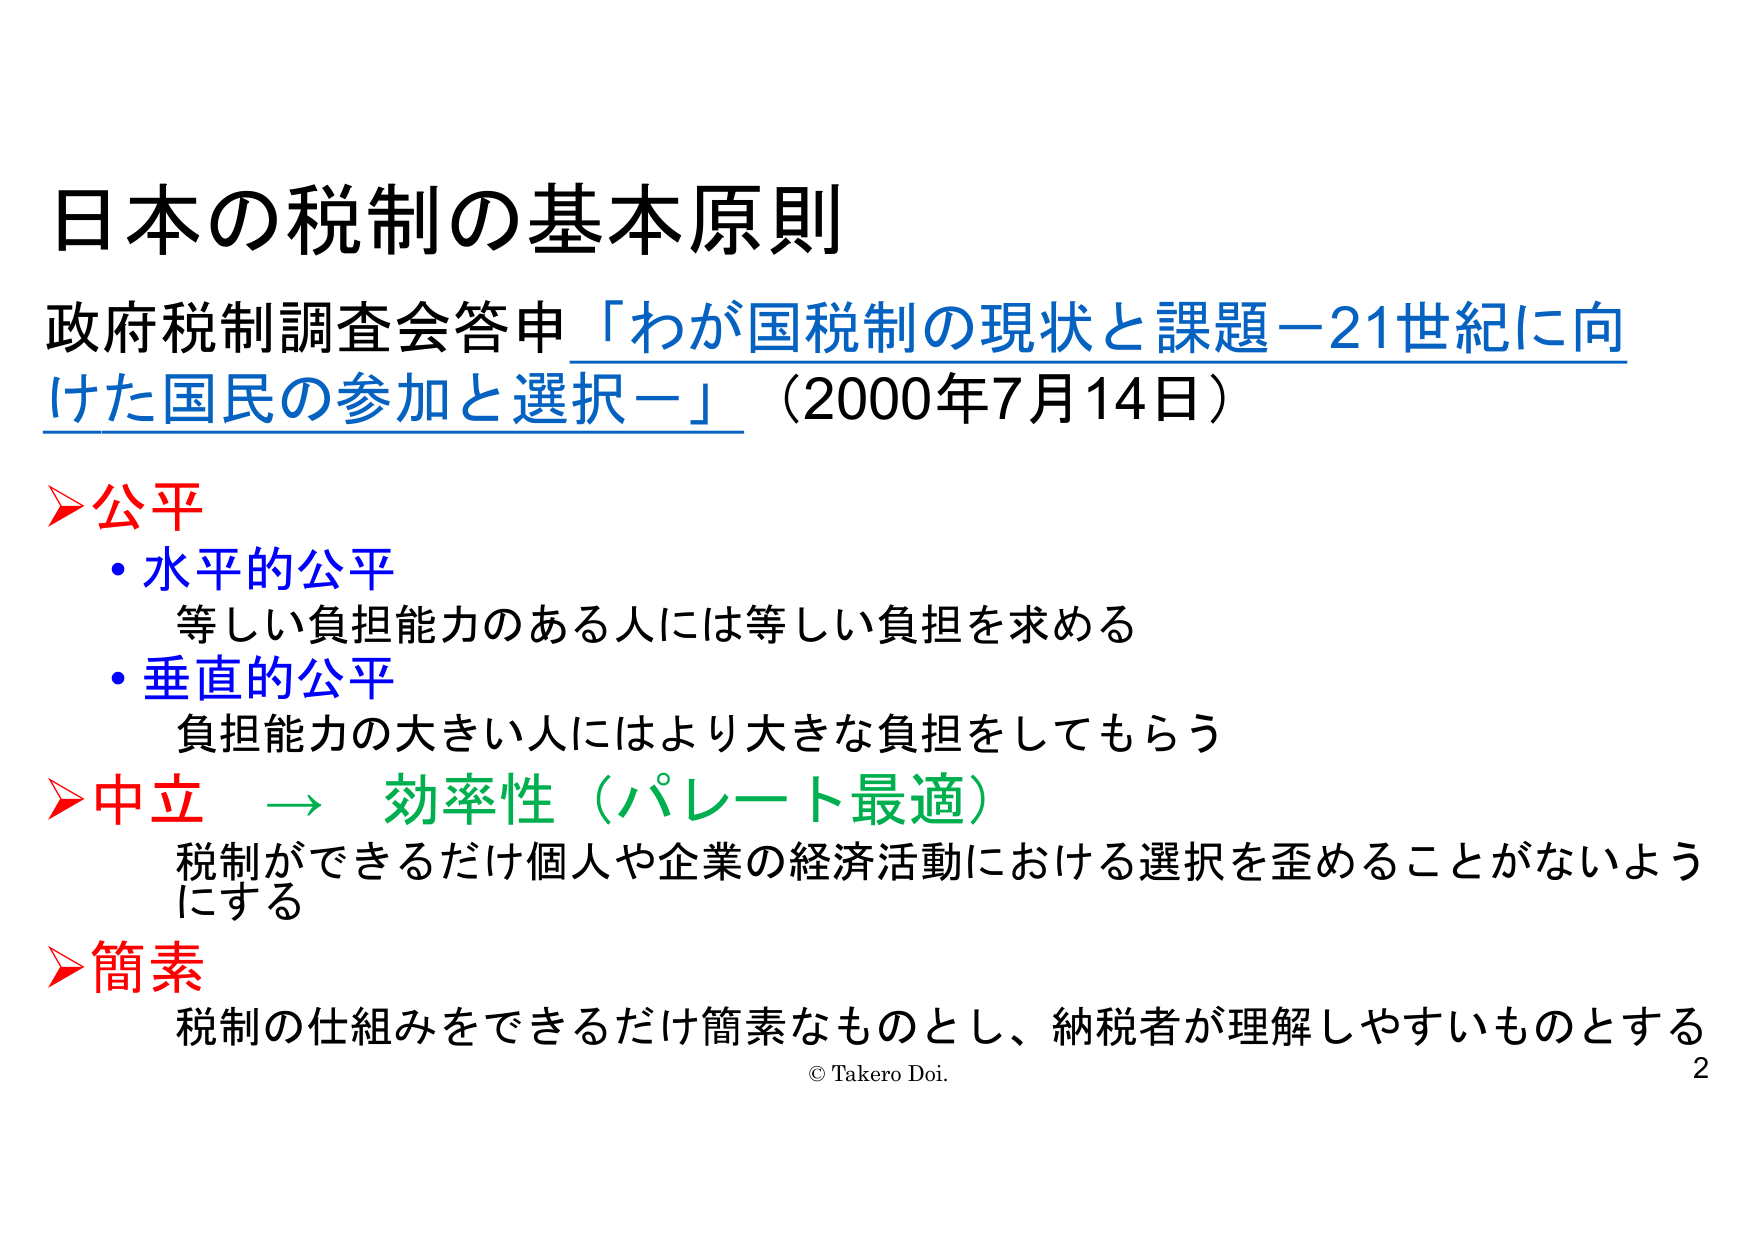
日本の税制の基本原則
政府税制調査会答申「わが国税制の現状と課題－21世紀に向けた国民の参加と選択－」（2000年7月14日）

▶公平
・水平的公平
　等しい負担能力のある人には等しい負担を求める
・垂直的公平
　負担能力の大きい人にはより大きな負担をしてもらう

▶中立 → 効率性（パレート最適）
　税制ができるだけ個人や企業の経済活動における選択を歪めることがないようにする

▶簡素
　税制の仕組みをできるだけ簡素なものとし、納税者が理解しやすいものとする

© Takero Doi.
2